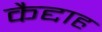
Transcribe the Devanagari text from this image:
कैद्दाह